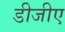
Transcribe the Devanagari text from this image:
डीजीए